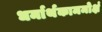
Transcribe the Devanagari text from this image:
धर्मार्थकाममोक्षं